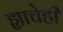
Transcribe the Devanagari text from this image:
ह्याचेही